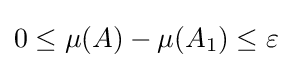
0\leq \mu (A)-\mu (A_{1})\leq \varepsilon